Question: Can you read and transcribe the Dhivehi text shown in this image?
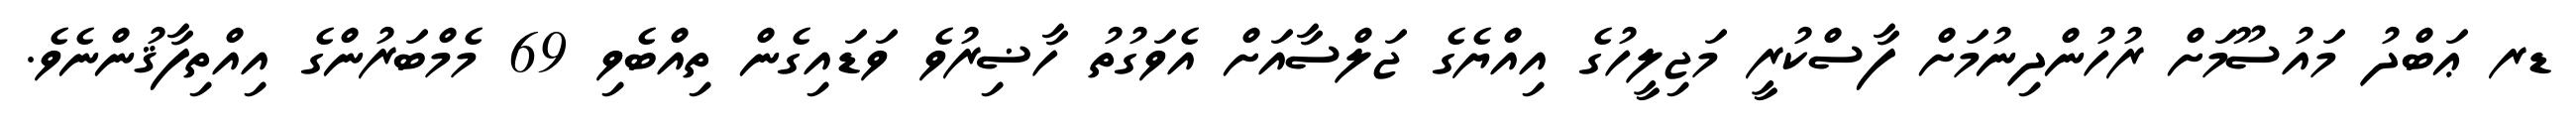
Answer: ޑރ ޢަބްދު މައުސޫމަށް ރުހުންދިނުމަށް ފާސްކުރީ މަޖިލީހުގެ އިއްޔެގެ ޖަލްސާއަށް އެވަގުތު ހާޟިރުވެ ވަޑައިގެން ތިއްބެވި 69 މެމްބަރުންގެ އިއްތިފާޤުންނެވެ.